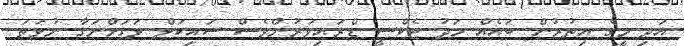
އަދި މީގެ އިތުރުން ބައެއް މަދު ޓެކްސީ ޑްރައިވަރުންވެސް ސައިކަލް ވަގަށްނަގާ ނުވަތަ